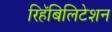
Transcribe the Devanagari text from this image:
रिहॅबिलिटेशन